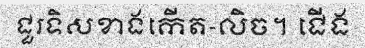
ជួរទិសខាងកើត-លិច។ ជើង